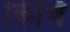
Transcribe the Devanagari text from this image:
किर्थि